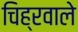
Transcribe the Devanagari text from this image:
चिह्रवाले